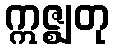
ဣဇ္ဈတု